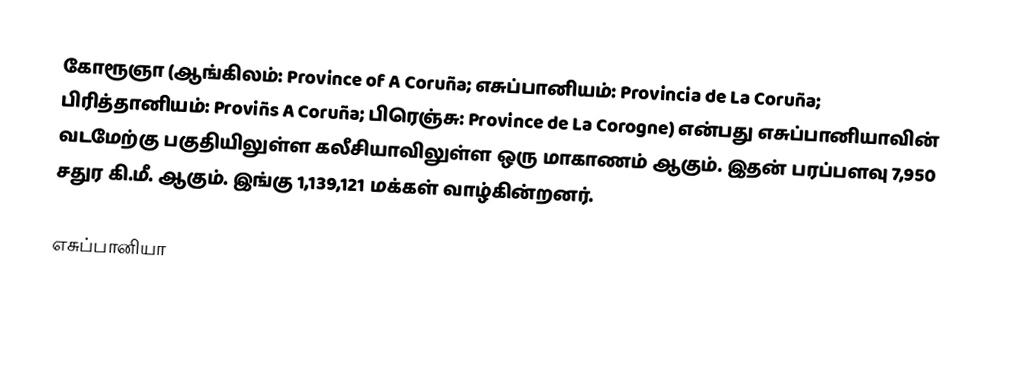
கோரூஞா (ஆங்கிலம்: Province of A Coruña; எசுப்பானியம்: Provincia de La Coruña; பிரித்தானியம்: Proviñs A Coruña; பிரெஞ்சு: Province de La Corogne) என்பது எசுப்பானியாவின் வடமேற்கு பகுதியிலுள்ள கலீசியாவிலுள்ள ஒரு மாகாணம் ஆகும். இதன் பரப்பளவு 7,950 சதுர கி.மீ. ஆகும். இங்கு 1,139,121 மக்கள் வாழ்கின்றனர்.

எசுப்பானியா